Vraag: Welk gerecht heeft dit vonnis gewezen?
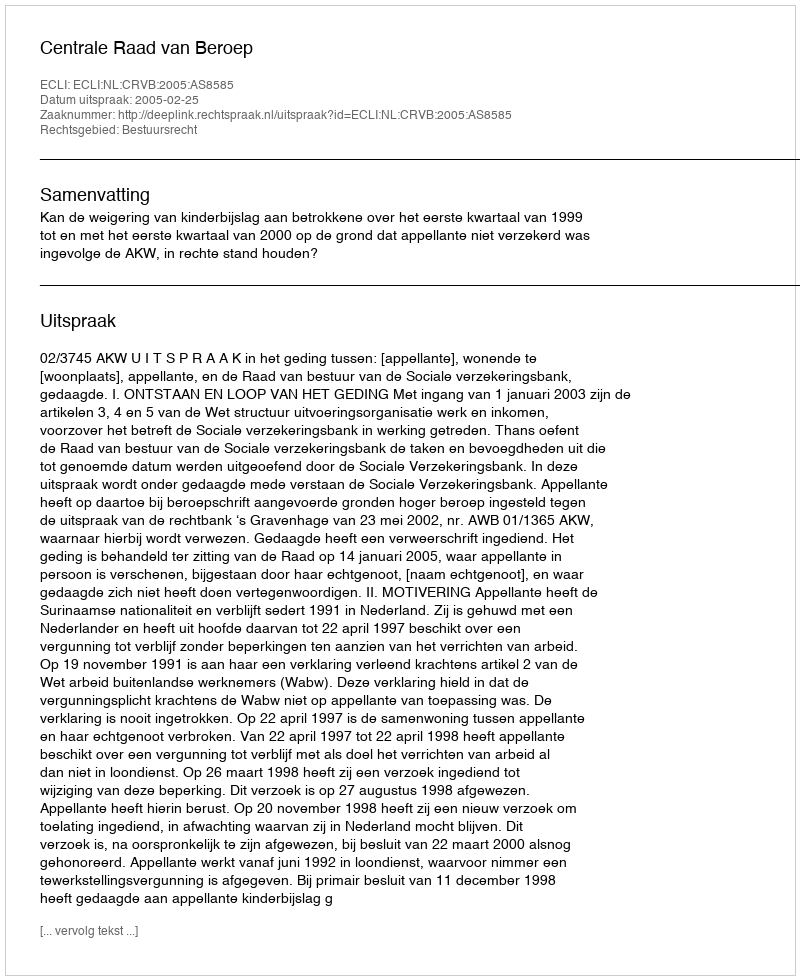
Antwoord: Centrale Raad van Beroep